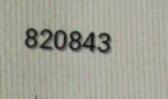
820843